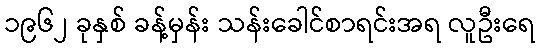
၁၉၆၂ ခုနှစ် ခန့်မှန်း သန်းခေါင်စာရင်းအရ လူဦးရေ